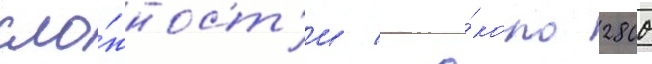
сло́жност'и / о́коло 2800